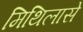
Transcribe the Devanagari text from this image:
मिथिलासे